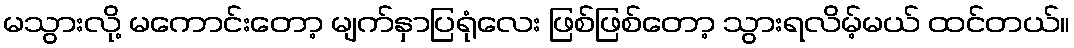
မသွားလို့ မကောင်းတော့ မျက်နှာပြရုံလေး ဖြစ်ဖြစ်တော့ သွားရလိမ့်မယ် ထင်တယ်။